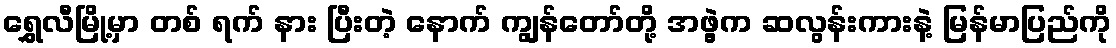
ရွှေလီမြို့မှာ တစ် ရက် နား ပြီးတဲ့ နောက် ကျွန်တော်တို့ အဖွဲ့က ဆလွန်းကားနဲ့ မြန်မာပြည်ကို